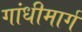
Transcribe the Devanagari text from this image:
गांधीमार्ग